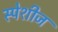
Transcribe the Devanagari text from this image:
स्पेशीज